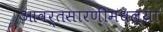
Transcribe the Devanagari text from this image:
आवर्तसारणीमधल्या